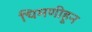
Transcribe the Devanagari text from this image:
चिमणीहून